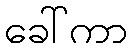
ခေါ်ကာ